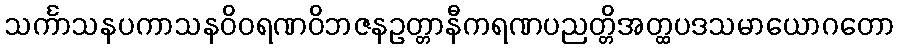
သင်္ကာသနပကာသနဝိဝရဏဝိဘဇနဥတ္တာနီကရဏပညတ္တိအတ္ထပဒသမာယောဂတော